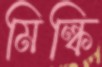
মিল্কি